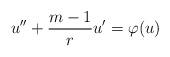
LaTeX: \begin{align*}u''+\frac{m-1}{r}u'=\varphi(u)\end{align*}